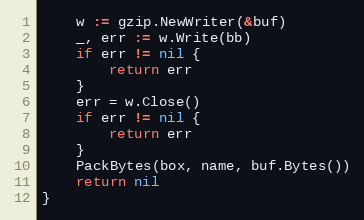
Language: Go
	w := gzip.NewWriter(&buf)
	_, err := w.Write(bb)
	if err != nil {
		return err
	}
	err = w.Close()
	if err != nil {
		return err
	}
	PackBytes(box, name, buf.Bytes())
	return nil
}